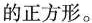
的正方形。